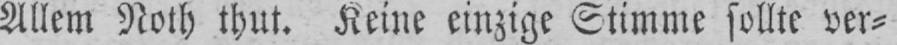
Allem Noth thut. Keine einzige Stimme sollte ver⸗